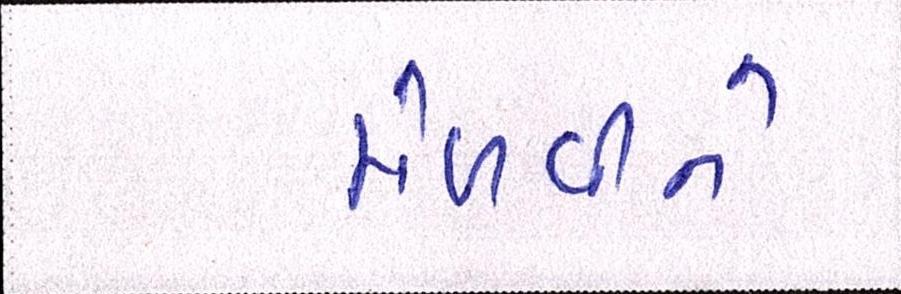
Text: મેળવીને